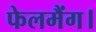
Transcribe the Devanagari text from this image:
फेलमैंग।